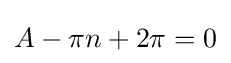
A-\pi n+2\pi =0